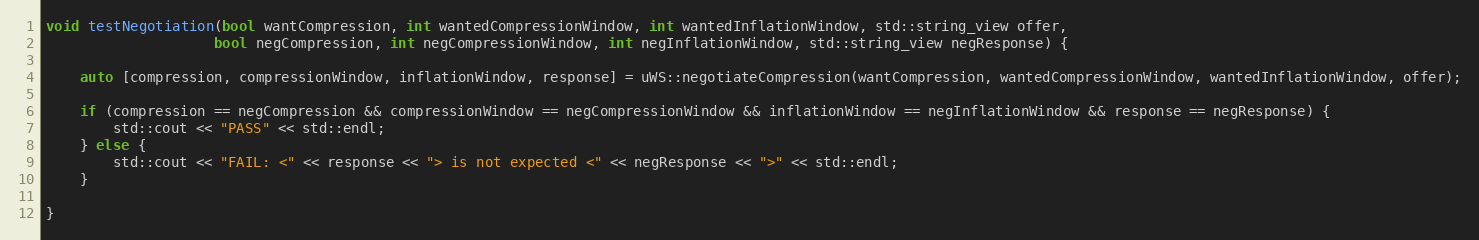
Language: C++
void testNegotiation(bool wantCompression, int wantedCompressionWindow, int wantedInflationWindow, std::string_view offer,
                    bool negCompression, int negCompressionWindow, int negInflationWindow, std::string_view negResponse) {

    auto [compression, compressionWindow, inflationWindow, response] = uWS::negotiateCompression(wantCompression, wantedCompressionWindow, wantedInflationWindow, offer);

    if (compression == negCompression && compressionWindow == negCompressionWindow && inflationWindow == negInflationWindow && response == negResponse) {
        std::cout << "PASS" << std::endl;
    } else {
        std::cout << "FAIL: <" << response << "> is not expected <" << negResponse << ">" << std::endl;
    }

}